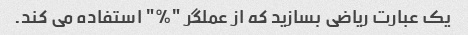
یک عبارت ریاضی بسازید که از عملگر "%" استفاده می کند.